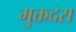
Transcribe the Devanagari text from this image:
मुक्तदरा